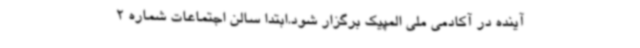
آینده در آکادمی ملی المپیک برگزار شود.ابتدا سالن اجتماعات شماره 2